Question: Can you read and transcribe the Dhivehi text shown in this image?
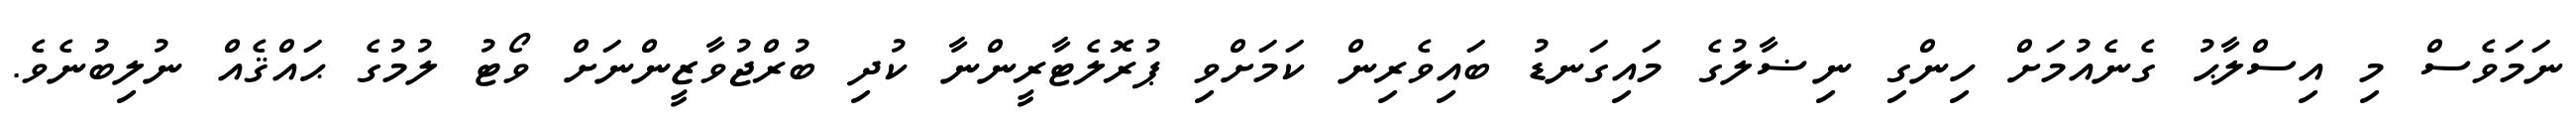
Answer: ނަމަވެސް މި އިސްލާޙު ގެނެއުމަށް ހިންގި ނިޟާލުގެ މައިގަނޑު ބައިވެރިން ކަމަށްވި ޕުރޮލެޓާރީންނާ ކުދި ބުރްޖުވާޒީންނަށް ވޯޓު ލުމުގެ ޙައްޤެއް ނުލިބުނެވެ.